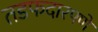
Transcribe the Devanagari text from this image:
तडफदारपणे